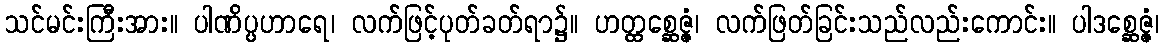
သင်မင်းကြီးအား။ ပါဏိပ္ပဟာရေ၊ လက်ဖြင့်ပုတ်ခတ်ရာ၌။ ဟတ္ထစ္ဆေဇ္ဇံ၊ လက်ဖြတ်ခြင်းသည်လည်းကောင်း။ ပါဒစ္ဆေဇ္ဇံ၊